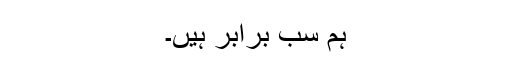
ہم سب برابر ہیں۔